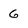
Character: 6